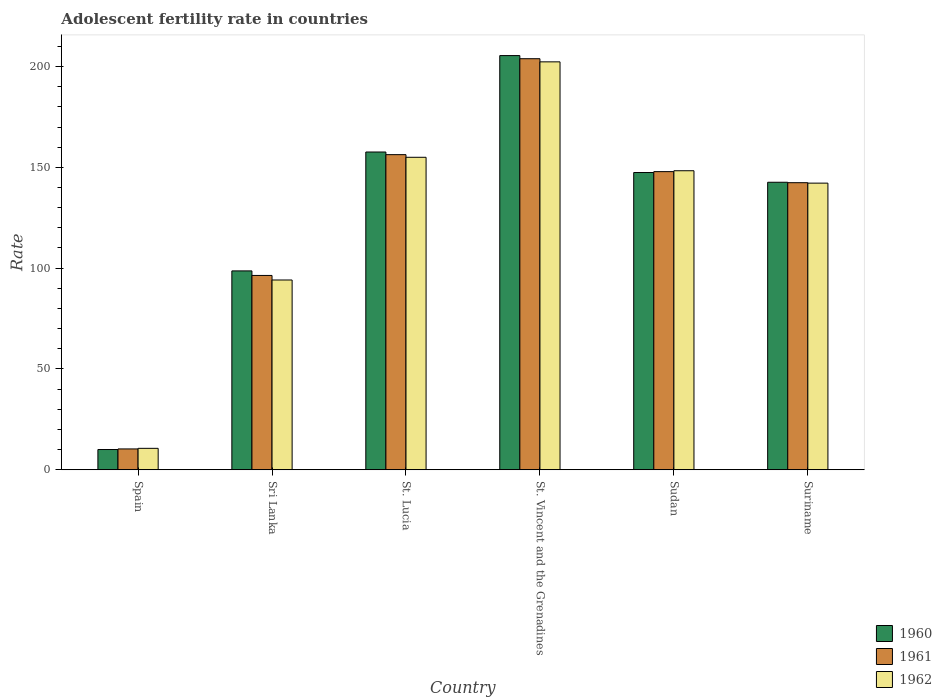
| Country | 1960 | 1961 | 1962 |
 | --- | --- | --- | --- |
 | Spain | 10.1 | 10.4 | 10.6 |
 | Sri Lanka | 98.6 | 96.4 | 94.1 |
 | St. Lucia | 158 | 156 | 155 |
 | St. Vincent and the Grenadines | 205 | 204 | 202 |
 | Sudan | 147 | 148 | 148 |
 | Suriname | 143 | 142 | 142 |